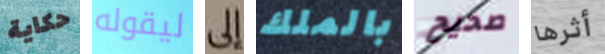
حكاية ليقوله إلى بالملك صحيح أثرها